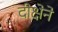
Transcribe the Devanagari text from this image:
दीक्षेने